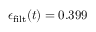
\epsilon _ { \mathrm { f i l t } } ( t ) = 0 . 3 9 9